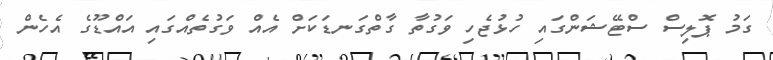
ގަމު ޕޮލިސް ސްޓޭޝަންގައި ހުޅުޖެހި ވަގުތާ ގާތްގަނޑަކަށް އެއް ވަގުތެއްގައި އައްޑޫގެ އެހެން